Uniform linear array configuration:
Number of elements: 24
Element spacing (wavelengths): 0.25
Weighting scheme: cosine
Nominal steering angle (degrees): -60
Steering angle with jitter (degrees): -61.755
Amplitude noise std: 0.05
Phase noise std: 0.05

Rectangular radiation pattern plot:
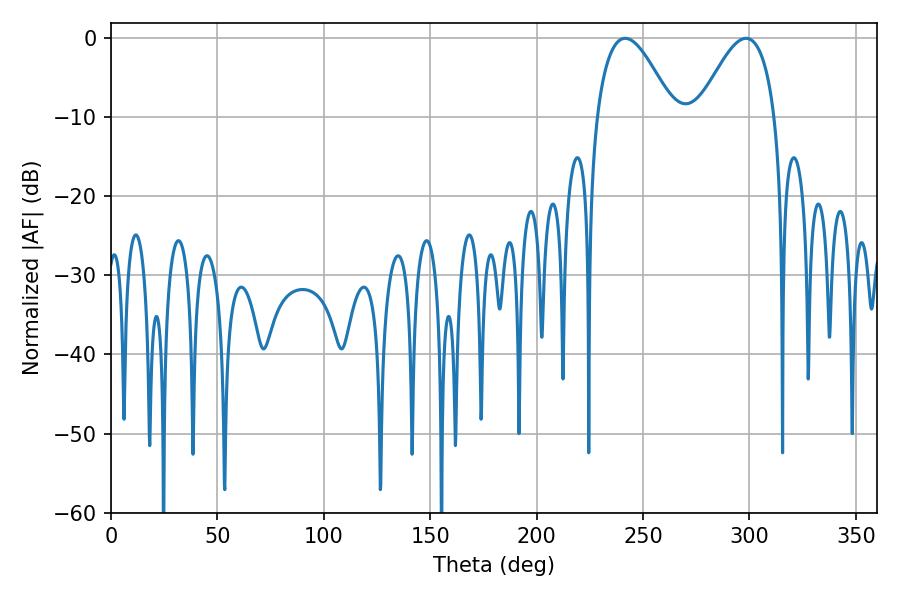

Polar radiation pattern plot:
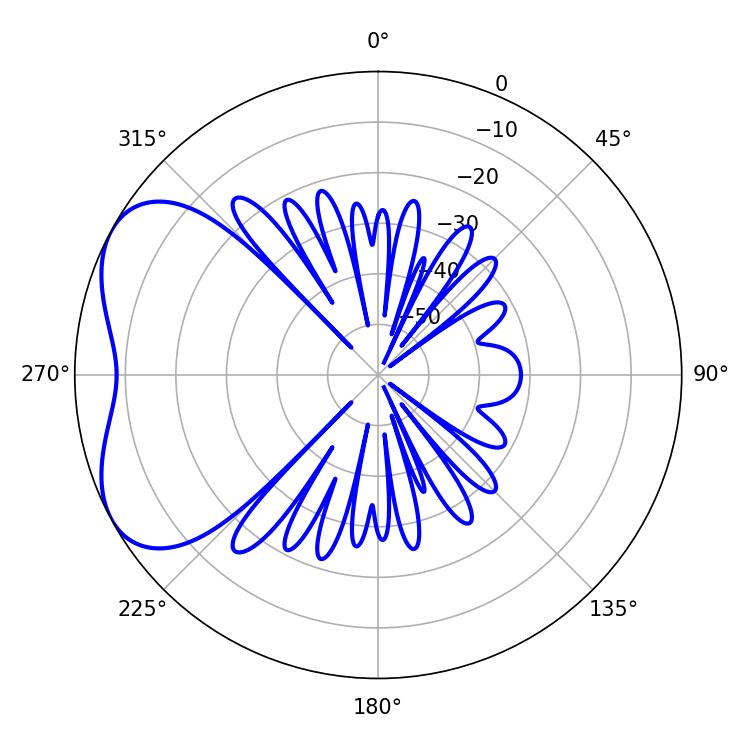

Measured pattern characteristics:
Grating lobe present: FALSE
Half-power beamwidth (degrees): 19.62
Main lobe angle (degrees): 241.56